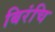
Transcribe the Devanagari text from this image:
बिरंचि